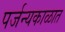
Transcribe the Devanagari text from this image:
पर्जन्यकाळात